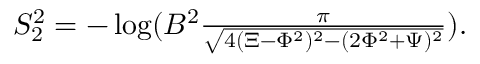
\begin{array} { r } { S _ { 2 } ^ { 2 } = - \log ( B ^ { 2 } \frac { \pi } { \sqrt { 4 ( \Xi - \Phi ^ { 2 } ) ^ { 2 } - ( 2 \Phi ^ { 2 } + \Psi ) ^ { 2 } } } ) . } \end{array}